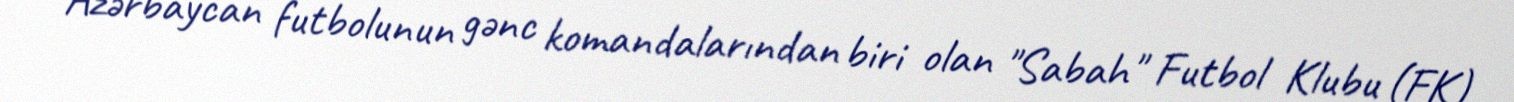
Azərbaycan futbolunun gənc komandalarından biri olan "Sabah" Futbol Klubu (FK)